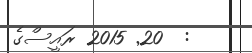
:  20